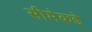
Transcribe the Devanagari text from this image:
सीमेकडे